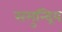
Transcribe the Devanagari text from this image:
समुन्द्रिय